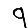
Digit: 9